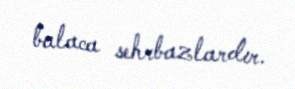
balaca sehrbazlardır.